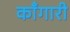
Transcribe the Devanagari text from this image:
काँगारी